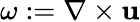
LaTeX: \omega:=\nabla\times{\mathbf{u}}